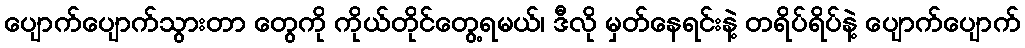
ပျောက်ပျောက်သွားတာ တွေကို ကိုယ်တိုင်တွေ့ရမယ်၊ ဒီလို မှတ်နေရင်းနဲ့ တရိပ်ရိပ်နဲ့ ပျောက်ပျောက်